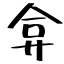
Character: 弇